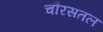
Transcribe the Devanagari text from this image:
चौरसतल